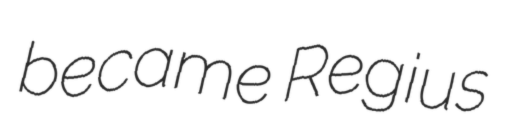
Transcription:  became Regius